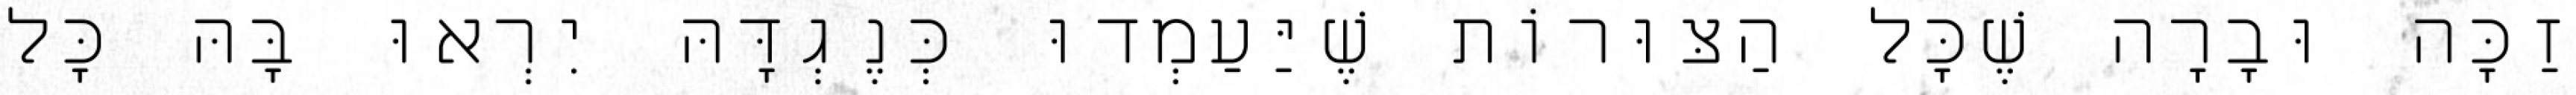
זַכָּה וּבָרָה שֶׁכׇּל הַצּוּרוֹת שֶׁיַּעַמְדוּ כְּנֶגְדָּהּ יִרְאוּ בָּהּ כׇּל